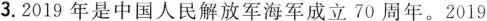
3.2019年是中国人民解放军海军成立70周年。2019